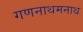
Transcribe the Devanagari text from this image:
गणनाथमनाथ